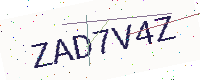
Text: ZAD7V4Z